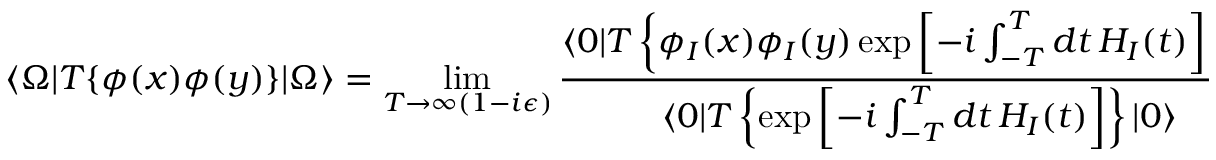
\langle \Omega | T \{ \phi ( x ) \phi ( y ) \} | \Omega \rangle = \operatorname* { l i m } _ { T \to \infty ( 1 - i \epsilon ) } { \frac { \langle 0 | T \left\{ \phi _ { I } ( x ) \phi _ { I } ( y ) \exp \left[ - i \int _ { - T } ^ { T } d t \, H _ { I } ( t ) \right] \right\} | 0 \rangle } { \langle 0 | T \left\{ \exp \left[ - i \int _ { - T } ^ { T } d t \, H _ { I } ( t ) \right] \right\} | 0 \rangle } } ,